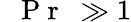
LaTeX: \mathrm{~\textit~{~P~r~}~}\gg 1